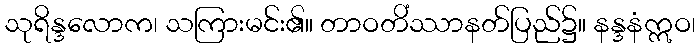
သုရိန္ဒလောက၊ သကြားမင်း၏။ တာဝတိံဿာနတ်ပြည်၌။ နန္ဒနံဣဝ၊